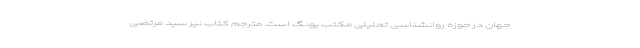
جهان در حوزه روانشناسی تحلیلی مکتب یونگ است. مترجم کتاب نیز سید مرتضی